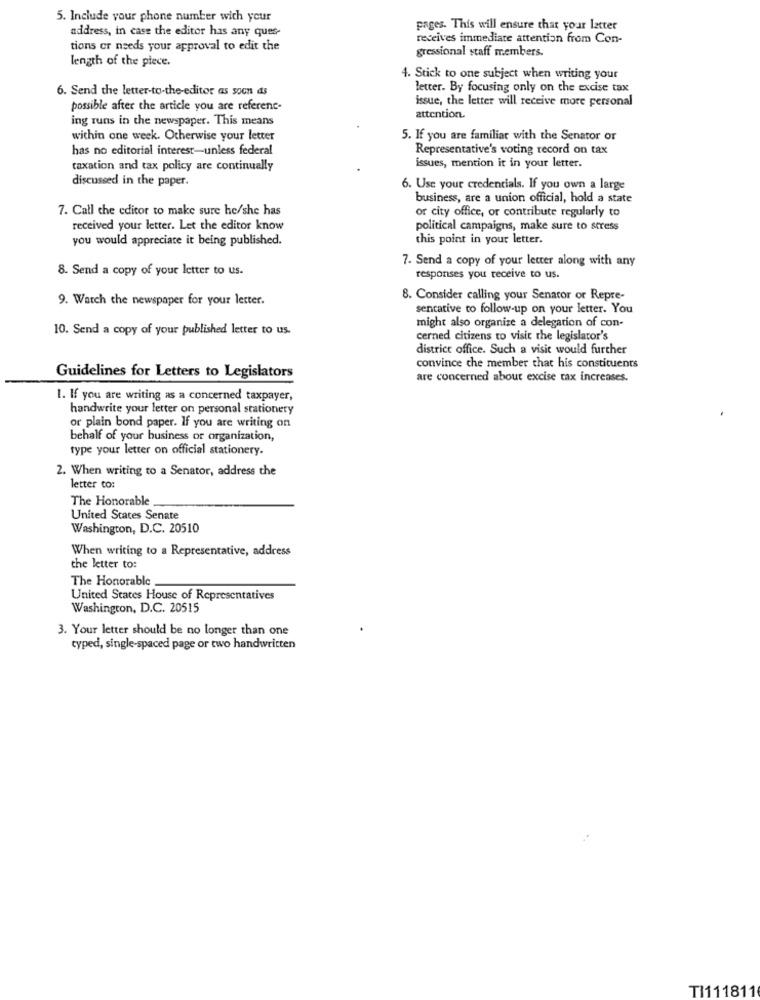
5. Include your phone number with your
address, in case the editor has any ques-
pages. This will ensure that your latter
receives immediate attention from Con-
tions or needs your approval to edit the
gressional staff members.
length of the piece.
4. Stick to one subject when writing your
6. Send the letter-to-the-editor as soon as
letter. By focusing only on the excise tax
issue, the letter will receive more personal
possible after the article you are referenc-
ing runs in the newspaper. This means
attention.
within one week. Otherwise your letter
5. If you are familiar with the Senator or
has no editorial interest-unless federal
Representative's voting record on tax
issues, mention it in your letter.
taxation and tax policy are continually
discussed in the paper.
6. Use your credentials. If you own a large
business, are a union official, hold a state
7. Call the editor to make sure he/she has
or city office, or contribute regularly to
received your letter. Let the editor know
political campaigns, make sure to stress
you would appreciate it being published.
this point in your letter.
7. Send a copy of your letter along with any
8. Send a copy of your letter to us.
responses you receive to us.
9. Watch the newspaper for your letter.
8. Consider calling your Senator or Repre-
sentative to follow-up on your letter. You
might also organize a delegation of con-
10. Send a copy of your published letter to us.
cerned citizens to visit the legislator's
district office. Such a visit would further
convince che member that his constituents
Guidelines for Letters to Legislators
are concerned about excise tax increases.
1. If you are writing as a concerned taxpayer,
handwrite your letter on personal stationery
or plain bond paper. If you are writing on
behalf of your business or organization,
type your letter on official stationery.
2. When writing to a Senator, address the
letter to:
The Honorable
United States Senate
Washington, D.C. 20510
When writing to a Representative, address
the letter to:
The Honorable
United States House of Representatives
Washington, D.C. 20515
3. Your letter should be no longer than one
typed, single-spaced page or two handwritten
TI111811